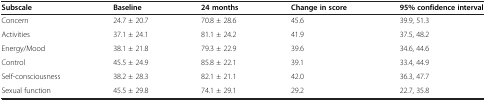
| Subscale | Baseline | 24 months | Change in score | 95% confidence interval |
 | --- | --- | --- | --- | --- |
 | Concern | 24.7 ± 20.7 | 70.8 ± 28.6 | 45.6 | 39.9, 51.3 |
 | Activities | 37.1 ± 24.1 | 81.1 ± 24.2 | 41.9 | 37.5, 48.2 |
 | Energy/Mood | 38.1 ± 21.8 | 79.3 ± 22.9 | 39.6 | 34.6, 44.6 |
 | Control | 45.5 ± 24.9 | 85.8 ± 22.1 | 39.1 | 33.4, 44.9 |
 | Self-consciousness | 38.2 ± 28.3 | 82.1 ± 21.1 | 42.0 | 36.3, 47.7 |
 | Sexual function | 45.5 ± 29.8 | 74.1 ± 29.1 | 29.2 | 22.7, 35.8 |